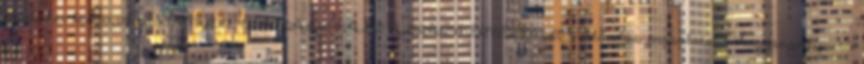
módszer bemutatása KÖRNYEZETGAZDÁLKODÁSI AGRÁRMÉRNÖK MSC."— Előadás másolata: 3 Lagrange-típusú